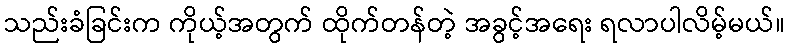
သည်းခံခြင်းက ကိုယ့်အတွက် ထိုက်တန်တဲ့ အခွင့်အရေး ရလာပါလိမ့်မယ်။